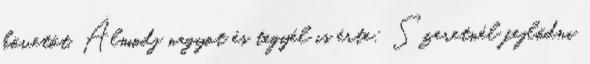
követőt. Álmodj nagyot és tegyél is érte: Szeretnél fejlődni